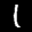
Label: 1